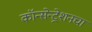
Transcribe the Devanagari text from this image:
कॉन्सेन्ट्रेशनचा